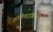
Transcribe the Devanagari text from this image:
डीपोलराइजेशन